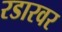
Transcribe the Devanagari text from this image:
रडारवर